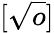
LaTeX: [\sqrt{o}]